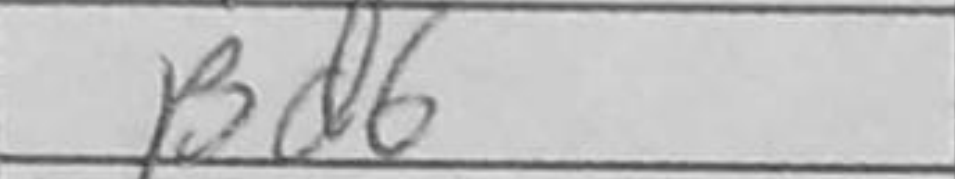
Transcription: Bd6